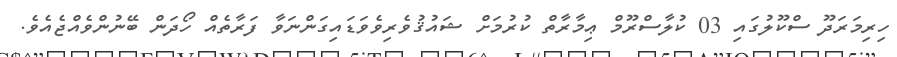
ހިރިމަރަދޫ ސްކޫލުގައި 03 ކުލާސްރޫމް ޢިމާރާތް ކުރުމަށް ޝައުޤުވެރިވެވަޑައިގަންނަވާ ފަރާތެއް ހޯދަން ބޭނުންވެއްޖެއެވެ.